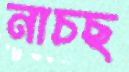
নাচছ